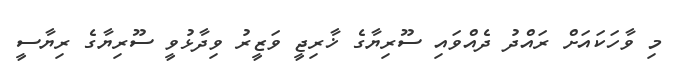
މި ވާހަކައަށް ރައްދު ދެއްވައި ސޫރިޔާގެ ޚާރިޖީ ވަޒީރު ވިދާޅުވީ ސޫރިޔާގެ ރިޔާސީ